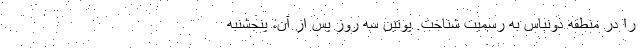
را در منطقه دونباس به رسمیت شناخت. پوتین سه روز پس از آن، پنجشنبه